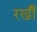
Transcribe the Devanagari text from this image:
रखीँ